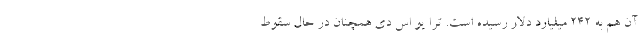
آن هم به 242 میلیارد دلار رسیده است. ترا یو اس دی همچنان در حال سقوط